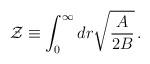
LaTeX: \begin{align*}{\cal Z}\equiv \int^\infty_0 dr \sqrt{{A\over 2B}}\,.\end{align*}